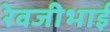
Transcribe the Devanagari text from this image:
रेवजीभाई